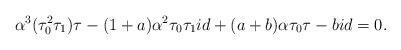
LaTeX: \begin{align*}\alpha^3 (\tau_0^2 \tau_1) \tau - (1+a) \alpha^2 \tau_0 \tau_1 id + (a+b) \alpha \tau_0 \tau - b id = 0.\end{align*}